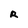
Character: R